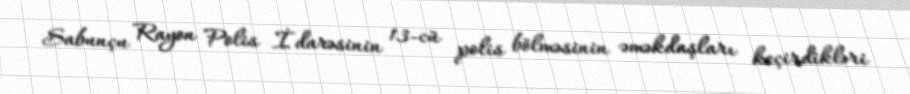
Sabunçu Rayon Polis İdarəsinin 13-cü polis bölməsinin əməkdaşları keçirdikləri